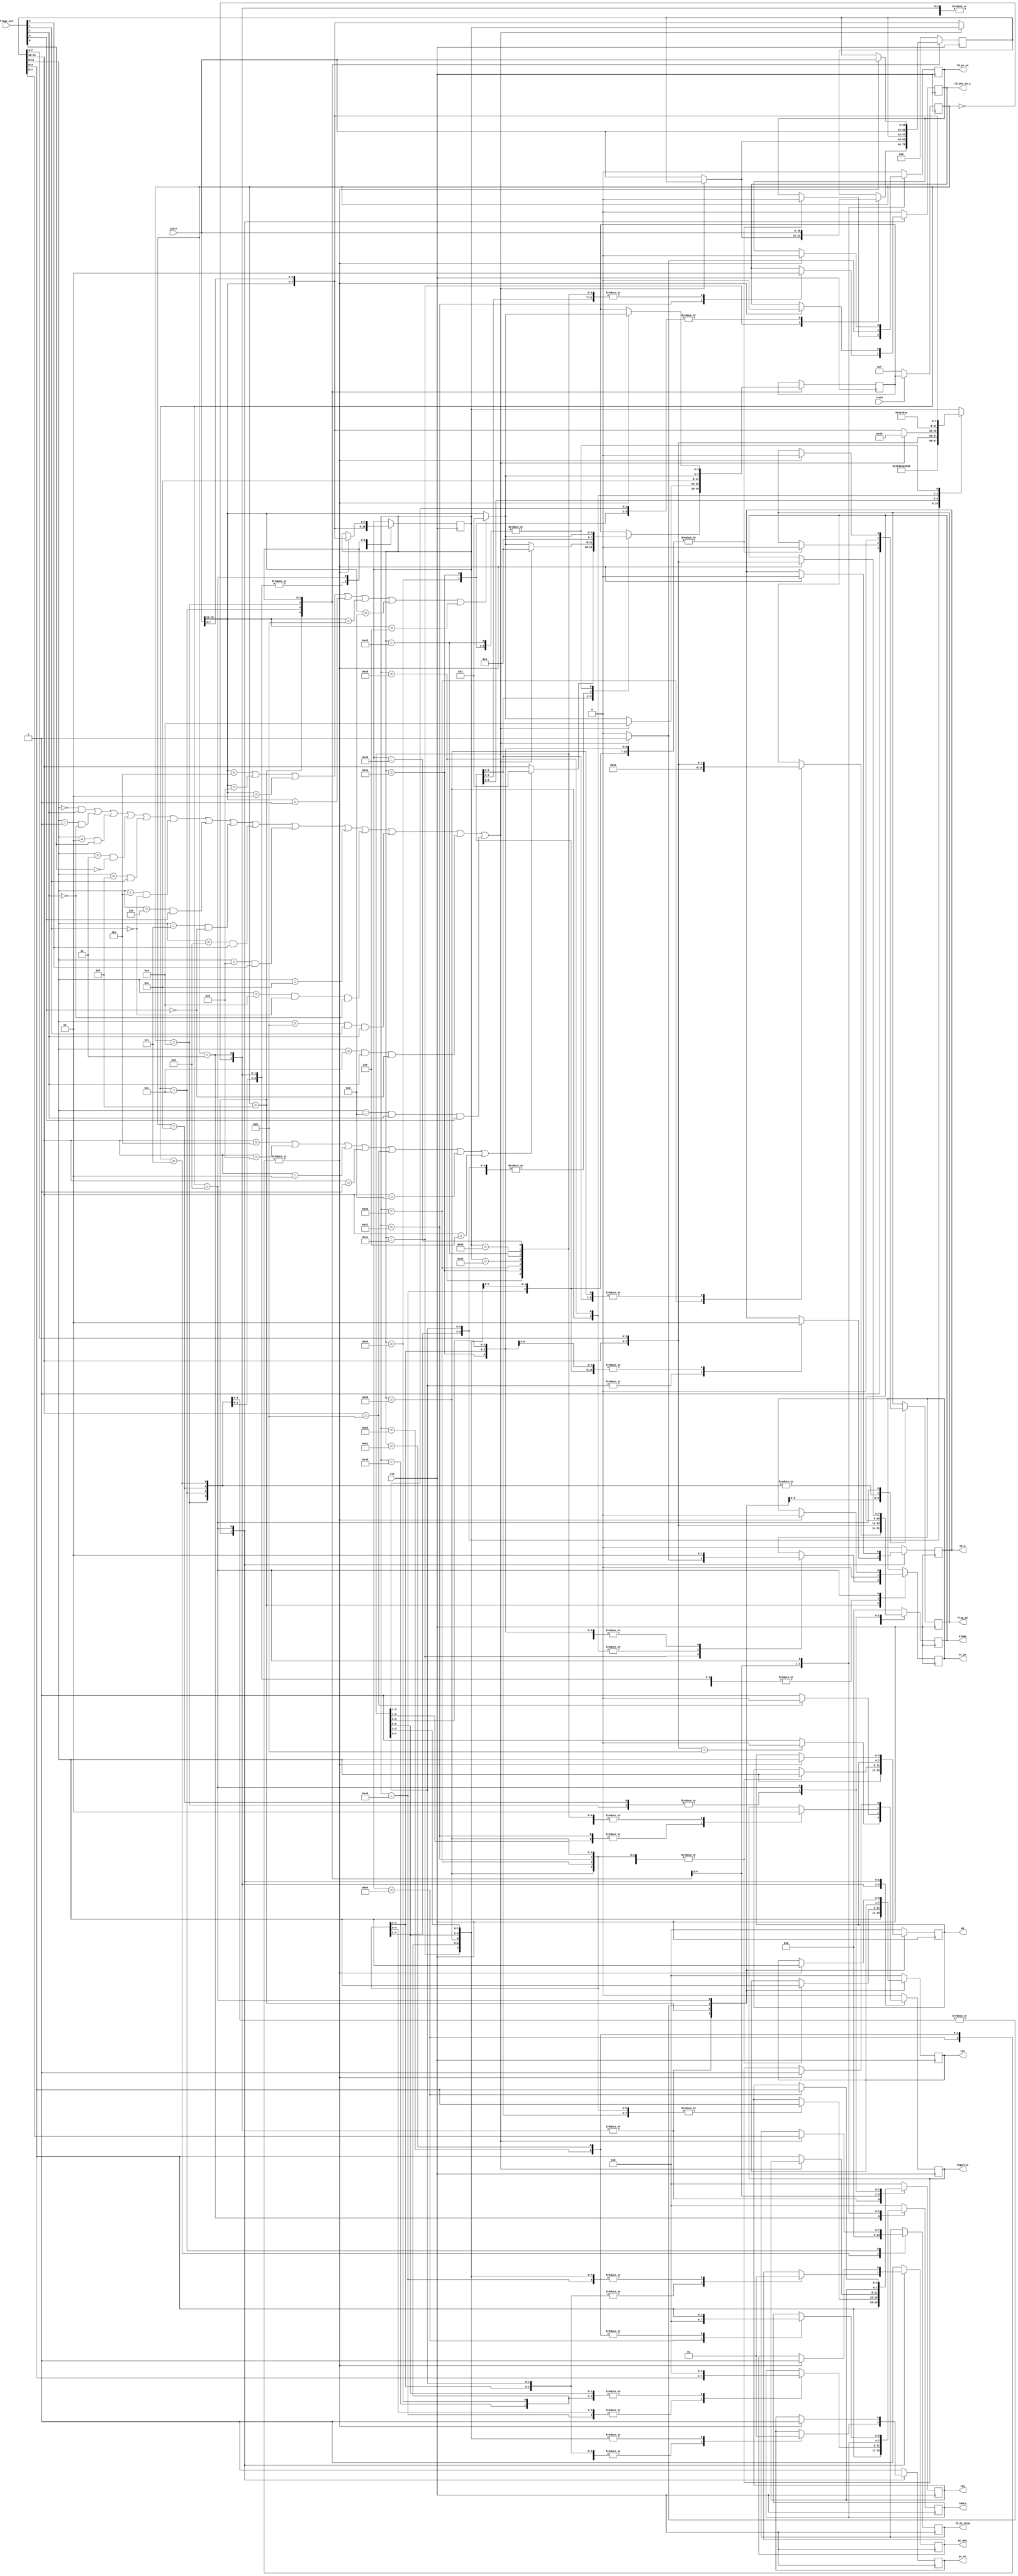

module FSM(clk, reset, instr, regwrite, wa, aluop, we_a, immLo, 
	 LD_mux_en_a, pc_en, ld_pc_en,pc_mux, ra1, ra2, flags_out, flag_en, wr_pc, ld_pc_disp);
input clk, reset;
input [15:0] instr;
input [4:0] flags_out;

output reg regwrite;
output reg [3:0] wa, immLo, ra1, ra2;
output reg [7:0] aluop, ld_pc_disp;
output reg  we_a, LD_mux_en_a, pc_en, ld_pc_en,pc_mux, flag_en, wr_pc; 


reg [3:0] state, next_state, cond, lop;
reg [7:0] special_in, op;
reg [15:0] inst;


//parameter start = 4'b0010;
parameter regToreg = 4'b0000;
parameter immdi = 4'b0011;
parameter regTomem = 4'b0100;
parameter special = 4'b1000;


// base line
parameter ADD = 8'b00000101;
parameter ADDU = 8'b00000110;
parameter ADDC = 8'b00000111;
parameter SUB = 8'b00001001;
parameter CMP = 8'b00001011;
parameter AND = 8'b00000001;
parameter OR = 8'b00000010;
parameter XOR = 8'b00000011;
parameter MOV = 8'b00001101;

parameter LOAD = 8'b01000000;
parameter LOAD_1 = 8'b01000001;
parameter LOAD_2 = 8'b01000010;
parameter LOAD_3 = 8'b01000011;
parameter STORE = 8'b01000100;
parameter STORE_1 = 8'b01000101;
parameter STORE_2 = 8'b01000110;
parameter JCOND = 8'b01001100;
parameter JCOND_1 = 8'b01001101;
parameter JCOND_2 = 8'b01001110;
parameter JAL = 8'b01001000;
parameter JAL_1 = 8'b01001001;
parameter JAL_2 = 8'b01001010;

// addition 
parameter ADDI = 4'b0101;
parameter SUBI = 4'b1001;
parameter CMPI = 4'b1011;
parameter ORI = 4'b0010;
parameter ANDI = 4'b0001;
parameter MOVI = 4'b1101;
parameter BCOND = 4'b1100;
parameter BCOND_1 = 4'b1010;
parameter BCOND_2 = 4'b1110; 
parameter LUI = 4'b1111;

// additional
parameter LSH = 8'b10000100;
parameter LSHL = 8'b10000000;
parameter LSHR = 8'b10000001;
parameter LDSD = 8'b10000101;
parameter STSD = 8'b10000111;


always@(posedge clk) begin
	if (reset == 0) begin 
		state <= 4'b0111;
		//change <= 0;
	end	
	else begin 
		state <= next_state;	
		//change <= ~change;
	end	
end

always@(negedge clk) begin 

	case (state)
		4'b0111:begin 
			op = 8'b00000000;
			lop = 4'b0000;
			inst = 16'b0000000000000000;
			regwrite = 0;   
			//Cin = 0;
			ld_pc_disp = 0;
			flag_en = 0; 
			wr_pc = 0;
			wa = 4'b0000;
			immLo = 4'b0000;
			we_a = 0;
			pc_en = 1;
			ld_pc_en = 0;
			pc_mux = 1;
			ra1 = 4'b0000;
			ra2 = 4'b0000;
			aluop = 8'b00000000;
			LD_mux_en_a = 0;  
			inst = instr;
			next_state = instr[15:12];
			if ((next_state == ADDI) | (next_state == SUBI)| (next_state == ORI) | (next_state == ANDI)
					| (next_state == CMPI) | (next_state == MOVI) | (next_state == LUI))
				next_state = immdi;
			special_in = {instr[15:12],instr[7:4]};	
		end 
	
	
	
		regToreg:begin
			op = {inst[15:12],inst[7:4]};
			if (op == 8'b00001011) begin
				regwrite = 0;
			end else	begin
				regwrite = 1;
			end	
			//Cin = 0; 
			flag_en = 1; 
			wr_pc = 0;
			wa = inst[11:8];
			immLo = 4'b0000;
			ra1 = inst[11:8];
			ra2 = inst[3:0];
			aluop = {inst[15:12],inst[7:4]};
			LD_mux_en_a = 0;  
			we_a = 0;
			pc_en = 1;
			ld_pc_en = 0;
			pc_mux = 1;	
			inst = instr;
			next_state = instr[15:12];
			if ((next_state == ADDI) | (next_state == SUBI)| (next_state == ORI) | (next_state == ANDI)
					| (next_state == CMPI) | (next_state == MOVI) | (next_state == LUI))
				next_state = immdi;	
			special_in = {instr[15:12],instr[7:4]};
		end  
	
	
	
		immdi:begin
			lop = inst[15:12];
			if (lop == 4'b1011) begin 
				regwrite = 0;
			end else begin	
				regwrite = 1;
			end	
			//regwrite = 1;
			//Cin = 0;
			flag_en = 1; 
			wr_pc = 0;	
			wa = inst[11:8];
			immLo = inst[3:0];
			ra1 = inst[11:8];
			ra2 = inst[3:0];
			aluop = {inst[15:12],inst[7:4]};
			LD_mux_en_a = 0;  	
			we_a = 0;
			pc_en = 1;
			ld_pc_en = 0;
			pc_mux = 1;	
			inst = instr;
			next_state = instr[15:12];
			if ((next_state == ADDI) | (next_state == SUBI)| (next_state == ORI) | (next_state == ANDI)
					| (next_state == CMPI) | (next_state == MOVI) | (next_state == LUI))
				next_state = immdi;
			special_in = {instr[15:12],instr[7:4]};	
		end
		
		regTomem: begin
			case(special_in)
				LOAD:begin
					regwrite = 0;
					//Cin = 0; 
					flag_en = 0; 
					wr_pc = 0;
					wa = inst[11:8];
					immLo = inst[3:0];
					ra1 = inst[11:8];
					ra2 = inst[3:0];
					aluop = LOAD_2;
					LD_mux_en_a = 0;  
					we_a = 0;
					pc_en = 0;
					ld_pc_en = 0;
					pc_mux = 0;	
					//inst = instr;
					next_state = regTomem;
					special_in = 8'b01000001;
				end
				LOAD_1:begin
					regwrite = 1;
					//Cin = 0;
					flag_en = 0; 
					wr_pc = 0;	
					wa = inst[11:8];
					immLo = inst[3:0];
					ra1 = inst[11:8];
					ra2 = inst[3:0];
					//aluop = {instr[15:12],instr[7:4]};
					LD_mux_en_a = 1;  	
					we_a = 0;
					pc_en = 0;
					ld_pc_en = 0;
					pc_mux = 0;	
					
					next_state = regTomem;
					special_in = 8'b01000010;
				end
				
				
				LOAD_2:begin
					regwrite = 0;
					//Cin = 0; 
					flag_en = 0; 
					wr_pc = 0;
					wa = inst[11:8];
					immLo = inst[3:0];
					ra1 = inst[11:8];
					ra2 = inst[3:0];
					//aluop = {instr[15:12],instr[7:4]};
					LD_mux_en_a = 0;  
					we_a = 0;
					pc_en = 1;
					ld_pc_en = 0;
					pc_mux = 1;	
					next_state = regTomem;
					special_in = 8'b01000011;
				end
				
				LOAD_3:begin
					regwrite = 0;
					//Cin = 0;
					flag_en = 0; 
					wr_pc = 0;	
					wa = inst[11:8];
					immLo = inst[3:0];
					ra1 = inst[11:8];
					ra2 = inst[3:0];
					//aluop = {instr[15:12],instr[7:4]};
					LD_mux_en_a = 0;  	
					we_a = 0;
					pc_en = 1;
					ld_pc_en = 0;
					pc_mux = 1;	
					inst = instr;
					next_state = instr[15:12];
					if ((next_state == ADDI) | (next_state == SUBI)| (next_state == ORI) | (next_state == ANDI)
						| (next_state == CMPI) | (next_state == MOVI) | (next_state == LUI))
					next_state = immdi;
					special_in = {instr[15:12],instr[7:4]};
				end
				
			
				STORE: begin
				//change = 1;
					regwrite = 0;
					//Cin = 0;
					flag_en = 0; 
					wr_pc = 0;	
					//inst = instr;
					pc_mux = 0;
					wa = inst[11:8];
					immLo = inst[3:0];
					ra1 = inst[11:8];
					ra2 = inst[3:0];
					//aluop = STORE_1;
					LD_mux_en_a = 0;  
					we_a = 1;
					pc_en = 0;
					ld_pc_en = 0;	
					next_state = regTomem;
					//if (counter == 0) begin
						inst = instr;
						special_in = 8'b01000101;
						//counter = 1;
						//end
					//else	begin
						//special_in = 8'b01000101;
						//counter = 0;
						//end
				end
				
				
				STORE_1: begin
				
					regwrite = 0;
					//Cin = 0;
					flag_en = 0; 
					wr_pc = 0;	
					//inst = instr;
					pc_mux = 0;
					//wa = inst[11:8];
					//immLo = inst[7:0];
					//ra1 = inst[11:8];
					//ra2 = inst[3:0];
					//aluop = STORE_1;
					LD_mux_en_a = 0;  	
					we_a = 1;
					pc_en = 0;
					ld_pc_en = 0;	
					next_state = regTomem;
					//if (counter == 0) begin
					//inst = instr;
					special_in = 8'b01000110;
				end
				
				
				
				
				STORE_2:begin
					regwrite = 0;
					//Cin = 0;
					flag_en = 0; 
					wr_pc = 0;	
					wa = inst[11:8];
					immLo = inst[3:0];
					ra1 = inst[11:8];
					ra2 = inst[3:0];
					aluop = {inst[15:12],inst[7:4]};
					LD_mux_en_a = 0;  	
					we_a = 0;
					pc_en = 0;
					ld_pc_en = 0;
					pc_mux = 1;	
					//inst = instr;
					next_state = inst[15:12];
					if ((next_state == ADDI) | (next_state == SUBI)| (next_state == ORI) | (next_state == ANDI)
						| (next_state == CMPI) | (next_state == MOVI) | | (next_state == LUI))
					next_state = immdi;		
					special_in = {inst[15:12],inst[7:4]};
				end
				
				
				JCOND: begin  //clfzn
					cond = inst[11:8];
						if ((cond==4'b0000 & flags_out[3]==1) | (cond==4'b0001 & flags_out[3]==0) | (cond==4'b0010 & flags_out[0]==1)
								| (cond==4'b0011 & flags_out[0]==0) | (cond==4'b0100 & flags_out[1]==1)
								| (cond==4'b0101 & flags_out[1]==0) | (cond==4'b0110 & flags_out[4]==1)
								| (cond==4'b0111 & flags_out[4]==0) | (cond==4'b1000 & flags_out[2]==1)
								| (cond==4'b1001 & flags_out[2]==1) | (cond==4'b1110) | (cond==4'b1010 & flags_out[1]==0 & flags_out[3]==0)
								| (cond==4'b1011 & flags_out[1]==1 & flags_out[3]==1) | (cond==4'b1100 & flags_out[3]==1 & flags_out[4]==0)
								| (cond==4'b1101 & flags_out[3]==1 & flags_out[4]==1)) begin
							regwrite = 0; 
							flag_en = 0; 
							ra2 = inst[3:0];
							aluop = {inst[15:12],inst[7:4]};
							LD_mux_en_a = 0;  	
							we_a = 0;
							pc_en = 1;
							ld_pc_en = 0;
							wr_pc = 1;
							pc_mux = 1;	
							//inst = instr;
							next_state = regTomem;
							special_in = 8'b01001101;												
					end
					
				
					else begin
						regwrite = 0; 
						flag_en = 0; 
						wr_pc = 0;
						cond = inst[11:8];
						ra2 = inst[3:0];
						aluop = {inst[15:12],inst[7:4]};
						LD_mux_en_a = 0;  	
						we_a = 0;
						pc_en = 1;
						ld_pc_en = 0;
						pc_mux = 1;	
						inst = instr;
						next_state = instr[15:12];
						if ((next_state == ADDI) | (next_state == SUBI)| (next_state == ORI) | (next_state == ANDI)
							| (next_state == CMPI) | (next_state == MOVI) | (next_state == LUI))
							next_state = immdi;	
						special_in = {instr[15:12],instr[7:4]};
					end
					
				end
				
				
				JCOND_1: begin
					regwrite = 0;
					//Cin = 0;
					flag_en = 0; 
					wr_pc = 0;
					//wa = inst[11:8];
					immLo = 4'b0000;
					//ra1 = inst[11:8];
					//ra2 = inst[3:0];
					//aluop = {inst[15:12],inst[7:4]};
					LD_mux_en_a = 0;  	
					we_a = 0;
					pc_en = 1;
					ld_pc_en = 0;
					pc_mux = 1;	
					next_state = regTomem;
					special_in = 8'b01001110;
				
				end
				
				JCOND_2: begin
					regwrite = 0;
					//Cin = 0;
					flag_en = 0; 
					wr_pc = 0;
					//wa = inst[11:8];
					immLo = 4'b0000;
					//ra1 = inst[11:8];
					//ra2 = inst[3:0];
					//aluop = {inst[15:12],inst[7:4]};
					LD_mux_en_a = 0;  	
					we_a = 0;
					pc_en = 1;
					ld_pc_en = 0;
					pc_mux = 1;	
					inst = instr;
					next_state = instr[15:12];
					if ((next_state == ADDI) | (next_state == SUBI)| (next_state == ORI) | (next_state == ANDI)
						| (next_state == CMPI) | (next_state == MOVI) | (next_state == LUI))
						next_state = immdi;	
					special_in = {instr[15:12],instr[7:4]};
				end
					

				JAL: begin
					regwrite = 1; 
					flag_en = 0; 
					ra1 = inst[11:8];
					ra2 = inst[3:0];
					aluop = {inst[15:12],inst[7:4]};
					LD_mux_en_a = 0;  	
					we_a = 0;
					pc_en = 1;//F?
					wa = inst[11:8];
					ld_pc_en = 0;
					wr_pc = 1;
					pc_mux = 1;	
					//inst = instr;
					next_state = regTomem;
					special_in = 8'b01001001;
				end
				
				JAL_1: begin
					regwrite = 0;
					//Cin = 0;
					flag_en = 0; 
					wr_pc = 1;
					//wa = inst[11:8];
					immLo = 4'b0000;
					//ra1 = inst[11:8];
					//ra2 = inst[3:0];
					//aluop = {inst[15:12],inst[7:4]};
					LD_mux_en_a = 0;  	
					we_a = 0;
					pc_en = 1;
					ld_pc_en = 0;
					pc_mux = 1;	
					next_state = regTomem;
					special_in = 8'b01001010;
				end
				
				
				JAL_2: begin
					regwrite = 0;
					//Cin = 0;
					flag_en = 0; 
					wr_pc = 0;
					//wa = inst[11:8];
					immLo = 4'b0000;
					//ra1 = inst[11:8];
					//ra2 = inst[3:0];
					//aluop = {inst[15:12],inst[7:4]};
					LD_mux_en_a = 0;  	
					we_a = 0;
					pc_en = 1;
					ld_pc_en = 0;
					pc_mux = 1;	
					inst = instr;
					next_state = instr[15:12];
					if ((next_state == ADDI) | (next_state == SUBI)| (next_state == ORI) | (next_state == ANDI)
						| (next_state == CMPI) | (next_state == MOVI) | (next_state == LUI))
						next_state = immdi;	
					special_in = {instr[15:12],instr[7:4]};
				end

					
			endcase
		end
		
		BCOND: begin
			cond = inst[11:8];
			if ((cond==4'b0000 & flags_out[3]==1) | (cond==4'b0001 & flags_out[3]==0) | (cond==4'b0010 & flags_out[0]==1)
								| (cond==4'b0011 & flags_out[0]==0) | (cond==4'b0100 & flags_out[1]==1)
								| (cond==4'b0101 & flags_out[1]==0) | (cond==4'b0110 & flags_out[4]==1)
								| (cond==4'b0111 & flags_out[4]==0) | (cond==4'b1000 & flags_out[2]==1)
								| (cond==4'b1001 & flags_out[2]==1) | (cond==4'b1110) | (cond==4'b1010 & flags_out[1]==0 & flags_out[3]==0)
								| (cond==4'b1011 & flags_out[1]==1 & flags_out[3]==1) | (cond==4'b1100 & flags_out[3]==1 & flags_out[4]==0)
								| (cond==4'b1101 & flags_out[3]==1 & flags_out[4]==1)) begin
				regwrite = 0; 
				flag_en = 0; 
				//ra2 = inst[3:0];
				aluop = {inst[15:12],inst[7:4]};
				ld_pc_disp = inst[7:0];
				LD_mux_en_a = 0;  	
				we_a = 0;
				pc_en = 1;
				ld_pc_en = 1;
				wr_pc = 0;
				pc_mux = 1;	
				//inst = instr;
				next_state = BCOND_1;	
			end
		 
			else begin
				regwrite = 0; 
				flag_en = 0; 
				wr_pc = 0;
				cond = inst[11:8];
				ra2 = inst[3:0];
				aluop = {inst[15:12],inst[7:4]};
				LD_mux_en_a = 0;  	
				we_a = 0;
				pc_en = 1;
				ld_pc_en = 0;
				pc_mux = 1;	
				inst = instr;
				next_state = instr[15:12];
				if ((next_state == ADDI) | (next_state == SUBI)| (next_state == ORI) | (next_state == ANDI)
					| (next_state == CMPI) | (next_state == MOVI) | (next_state == LUI))
					next_state = immdi;	
				special_in = {instr[15:12],instr[7:4]};
			end	
		end
		
		BCOND_1: begin
			regwrite = 0;
			//Cin = 0;
			flag_en = 0; 
			wr_pc = 0;
			//wa = inst[11:8];
			immLo = 4'b0000;
			//ra1 = inst[11:8];
			//ra2 = inst[3:0];
			//aluop = {inst[15:12],inst[7:4]};
			LD_mux_en_a = 0;  	
			we_a = 0;
			pc_en = 1;
			ld_pc_en = 0;
			pc_mux = 1;	
			//inst = instr;
			next_state = BCOND_2;
		end
		
		
		BCOND_2: begin
			regwrite = 0;
			//Cin = 0;
			flag_en = 0; 
			wr_pc = 0;
			//wa = inst[11:8];
			immLo = 4'b0000;
			//ra1 = inst[11:8];
			//ra2 = inst[3:0];
			//aluop = {inst[15:12],inst[7:4]};
			LD_mux_en_a = 0;  	
			we_a = 0;
			pc_en = 1;
			ld_pc_en = 0;
			pc_mux = 1;	
			inst = instr;
			next_state = instr[15:12];
			if ((next_state == ADDI) | (next_state == SUBI)| (next_state == ORI) | (next_state == ANDI)
				| (next_state == CMPI) | (next_state == MOVI) | (next_state == LUI))
				next_state = immdi;	
			special_in = {instr[15:12],instr[7:4]};
		end
		
		
		special: begin
		case(special_in)
			LSH: begin
				regwrite = 1;	
				//Cin = 0; 
				flag_en = 0; 
				wr_pc = 0;
				wa = inst[11:8];
				immLo = 4'b0000;
				ra1 = inst[11:8];
				ra2 = inst[3:0];
				aluop = {inst[15:12],inst[7:4]};
				LD_mux_en_a = 0;  
				we_a = 0;
				pc_en = 1;
				ld_pc_en = 0;
				pc_mux = 1;	
				inst = instr;
				next_state = instr[15:12];
				if ((next_state == ADDI) | (next_state == SUBI)| (next_state == ORI) | (next_state == ANDI)
					| (next_state == CMPI) | (next_state == MOVI) | (next_state == LUI))
					next_state = immdi;	
				special_in = {instr[15:12],instr[7:4]};
			end
			
			LSHL: begin
				regwrite = 1;
				//Cin = 0;
				flag_en = 0; 
				wr_pc = 0;	
				wa = inst[11:8];
				immLo = inst[3:0];
				ra1 = inst[11:8];
				//ra2 = inst[3:0];
				aluop = {inst[15:12],inst[7:4]};
				LD_mux_en_a = 0;  	
				we_a = 0;
				pc_en = 1;
				ld_pc_en = 0;
				pc_mux = 1;	
				inst = instr;
				next_state = instr[15:12];
				if ((next_state == ADDI) | (next_state == SUBI)| (next_state == ORI) | (next_state == ANDI)
					| (next_state == CMPI) | (next_state == MOVI) | (next_state == LUI))
				next_state = immdi;
				special_in = {instr[15:12],instr[7:4]};				
			end
			
			
			LSHR: begin
				regwrite = 1;
				//Cin = 0;
				flag_en = 0; 
				wr_pc = 0;	
				wa = inst[11:8];
				immLo = inst[3:0];
				ra1 = inst[11:8];
				//ra2 = inst[3:0];
				aluop = {inst[15:12],inst[7:4]};
				LD_mux_en_a = 0;  	
				we_a = 0;
				pc_en = 1;
				ld_pc_en = 0;
				pc_mux = 1;	
				inst = instr;
				next_state = instr[15:12];
				if ((next_state == ADDI) | (next_state == SUBI)| (next_state == ORI) | (next_state == ANDI)
					| (next_state == CMPI) | (next_state == MOVI) | (next_state == LUI))
				next_state = immdi;
				special_in = {instr[15:12],instr[7:4]};	
			end
		
		default: ;/////////////////////////
		endcase
		end
		
		default: begin 
			inst = 16'b0000000000000000;
			regwrite = 0;   
			//Cin = 0;
			wa = 4'b0000;
			immLo = 4'b0000;
			we_a = 0;
			pc_en = 1;
			ld_pc_en = 0;
			pc_mux = 1;
			ra1 = 4'b0000;
			ra2 = 4'b0000;
			aluop = 8'b00000000;
			LD_mux_en_a = 0;  
		end 
	
	endcase

end



endmodule